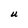
Character: U